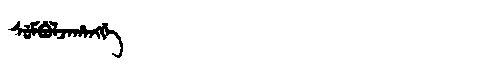
Manchu: ᠰᡠᠮᠪᡠᠯᠵᠠᡥᠠᠩᡤᡝ
Romanization: SUMBULJAHANGGE